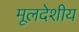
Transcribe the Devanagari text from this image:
मूलदेशीय